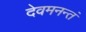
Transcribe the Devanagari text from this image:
देवमनन्तं